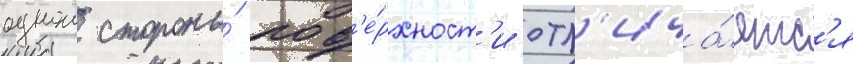
однои стороны́ пов'е́рхност'и отл'ича́етс'я